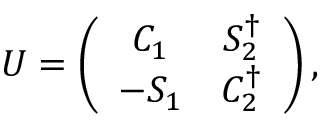
U = \left( \begin{array} { c c } { { C _ { 1 } } } & { { S _ { 2 } ^ { \dagger } } } \\ { { - S _ { 1 } } } & { { C _ { 2 } ^ { \dagger } } } \end{array} \right) ,